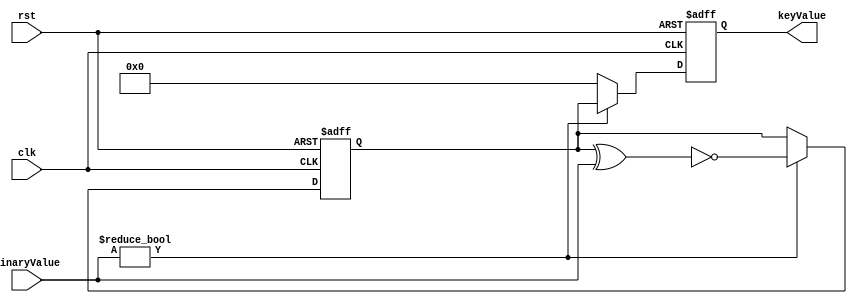
module KeyGenerator (clk, rst,binaryValue,keyValue);
input clk, rst;
input [7:0] binaryValue;
output reg [7:0] keyValue;
reg [7:0] intermediateValue;// internal registers for storing intermediate values
always @(posedge clk or posedge rst) begin
    if (rst) begin // Reset registers on reset signal
        intermediateValue <= {8{1'b0}};
        keyValue <= {8{1'b0}};
    end else begin // key generation process
        if (binaryValue) begin
            intermediateValue <= ~binaryValue; // NOT operation
            intermediateValue <= intermediateValue & binaryValue;// AND operation
            intermediateValue <= intermediateValue | binaryValue;// OR operation
            intermediateValue <= ~(intermediateValue | binaryValue);// NOR operation
            intermediateValue <= ~(intermediateValue & binaryValue);// NAND operation
            intermediateValue <= intermediateValue ^ binaryValue;// XOR operation
            intermediateValue <= ~(intermediateValue ^ binaryValue);// XNOR operation
            keyValue <= intermediateValue;// Final key value
        end else begin
            keyValue <= {8{1'b0}}; // Reset key value when binary value is zero
        end
    end
end
endmodule